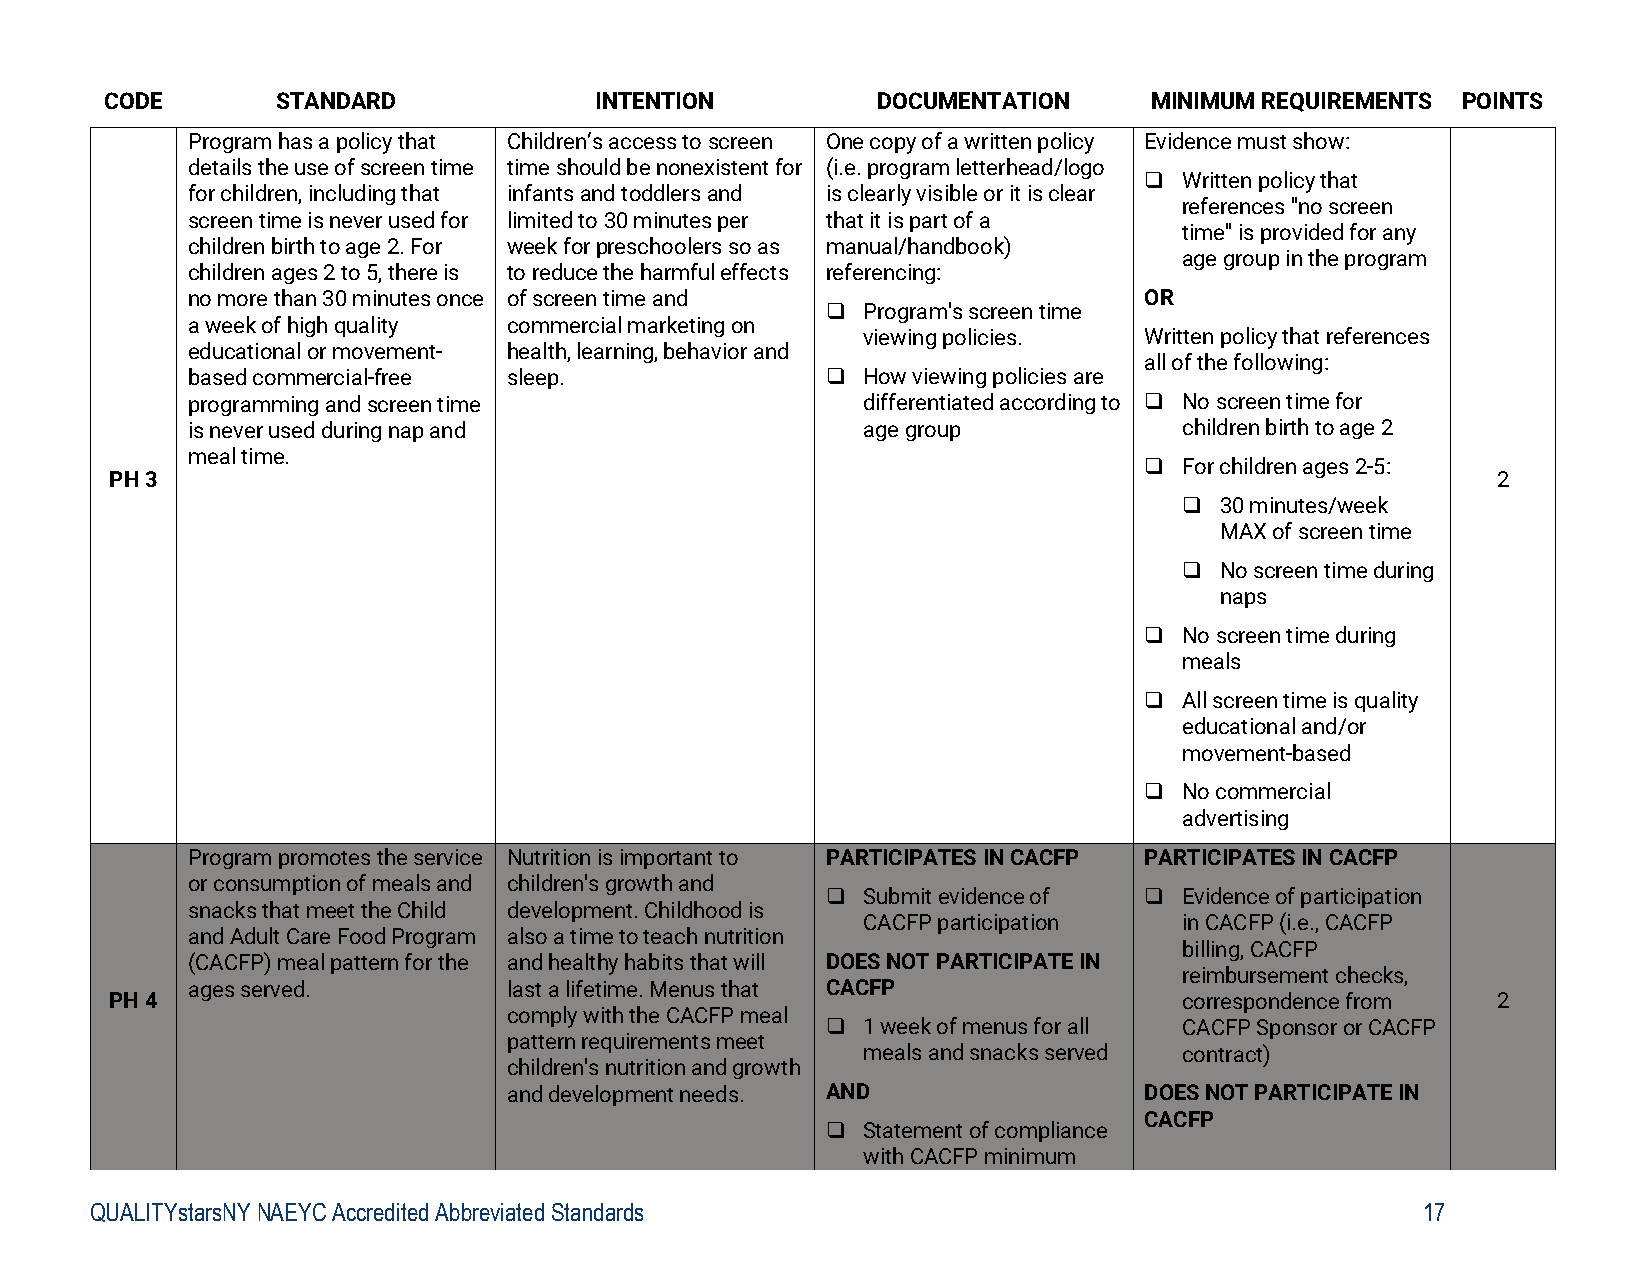
CODE       STANDARD             INTENTION          DOCUMENTATION     MINIMUM REQUIREMENTS POINTS
 Program has a policy that Children’s access to screen One copy of a written policy Evidence must show:
 details the use of screen time time should be nonexistent for (i.e. program letterhead/logo
  Written policy that
 for children, including that infants and toddlers and is clearly visible or it is clear
 references "no screen
 screen time is never used for limited to 30 minutes per that it is part of a
 time" is provided for any
 children birth to age 2. For week for preschoolers so as manual/handbook)
 age group in the program
 children ages 2 to 5, there is to reduce the harmful effects referencing:
 no more than 30 minutes once of screen time and                 OR
  Program's screen time
 a week of high quality commercial marketing on
 viewing policies.  Written policy that references
 educational or movement- health, learning, behavior and
 all of the following:
 based commercial-free sleep.                How viewing policies are
 programming and screen time                  differentiated according to  No screen time for
 is never used during nap and                 age group            children birth to age 2
 meal time.
  For children ages 2-5:
 PH 3                                                                                        2
   30 minutes/week
 MAX of screen time
   No screen time during
 naps
  No screen time during
 meals
  All screen time is quality
 educational and/or
 movement-based
  No commercial
 advertising
 Program promotes the service Nutrition is important to PARTICIPATES IN CACFP PARTICIPATES IN CACFP
 or consumption of meals and children's growth and
  Submit evidence of  Evidence of participation
 snacks that meet the Child development. Childhood is
 CACFP participation  in CACFP (i.e., CACFP
 and Adult Care Food Program also a time to teach nutrition
 billing, CACFP
 (CACFP) meal pattern for the and healthy habits that will DOES NOT PARTICIPATE IN
 reimbursement checks,
 ages served.          last a lifetime. Menus that CACFP
 PH 4                                                                   correspondence from  2
 comply with the CACFP meal
  1 week of menus for all CACFP Sponsor or CACFP
 pattern requirements meet
 meals and snacks served contract)
 children's nutrition and growth
 and development needs. AND                DOES NOT PARTICIPATE IN
 CACFP
  Statement of compliance
 with CACFP minimum
 QUALITYstarsNY NAEYC Accredited Abbreviated Standards                                   17